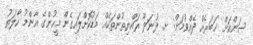
ސަންއަށް ޚަބަރެއް ދެއްވުމަށް: ށ. ފުނަދޫ ރައްޔިތުންތަކެއް މަޑުކޮށްލައިގެން މީހުންގެ އާންމު ހާލަތު